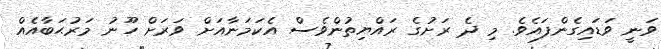
ވަނީ ވަޑައިގެންފައެވެ. މި ދެ ރަށުގެ ރައްޔިތުންވެސް އެކަމަނާއަށް ވަރަށް ހޫނު މަރުޙަބާއެއް